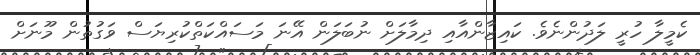
ކެމީލާ ހުރީ ލަދުންނެވެ. ކައިޒާންއާއި ދިމާލަށް ނުބަލަން އޭނަ މަސައްކަތްކުރިޔަސް ވަގުތުން މޫނަށް